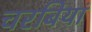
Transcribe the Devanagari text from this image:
चरबियां